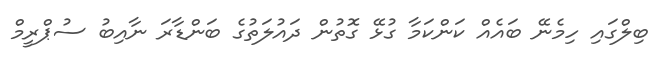
ބިލްގައި ހިމެނޭ ބައެއް ކަންކަމާ ގުޅޭ ގޮތުން ދައުލަތުގެ ބަންޑާރަ ނާއިބު ސުޕްރީމް